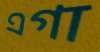
এগা